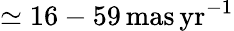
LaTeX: \simeq 16-59\, \mathrm{mas\, yr}^{-1}